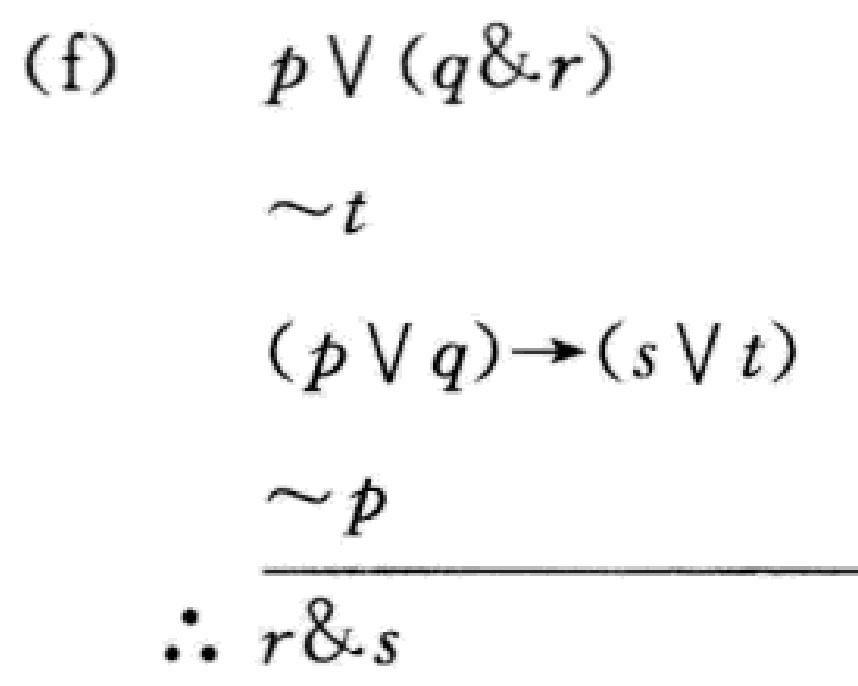
(f) \(p \vee (q\&r)\)
\(\sim t\)
\((p \vee q)\to(s \vee t)\)
\(\sim p\)
\(\therefore r\&s\)